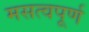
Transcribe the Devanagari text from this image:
मसत्वपूर्ण